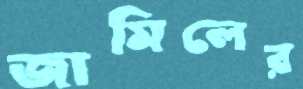
জামিলের